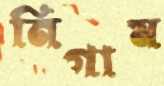
নিগাম